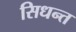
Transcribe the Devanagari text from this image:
सिधन्त